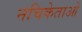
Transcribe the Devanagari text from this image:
नचिकेताओ